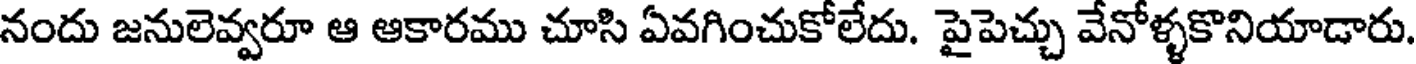
నందు జనులెవ్వరూ ఆ ఆకారము చూసి ఏవగించుకోలేదు. పైపెచ్చు వేనోళ్ళకొనియాడారు